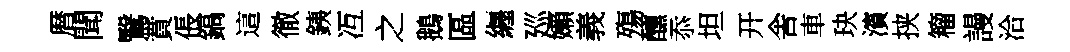
暦聞鷖賁倀鎬這徹銕冱之鵝區纒廵嬾義殤醺忝坦开舎車玦濱挟籕謾洽